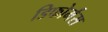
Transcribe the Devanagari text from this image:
डिफोर्मंस